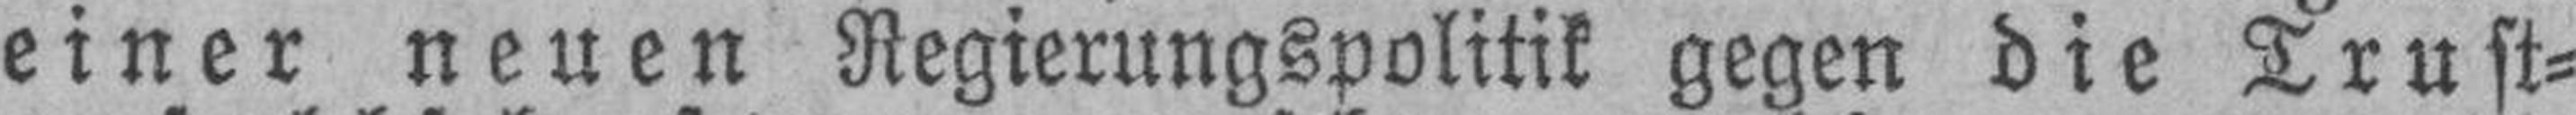
einer neuen Regierungspolitik gegen die Trust¬